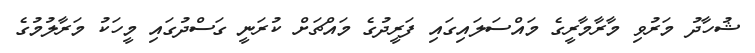
ޝުހާދު މަރުވި މާރާމާރީގެ މައްސަލައިގައި ފަރީދުގެ މައްޗަށް ކުރަނީ ގަސްދުގައި މީހަކު މަރާލުމުގެ